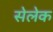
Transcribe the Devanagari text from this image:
सेलेक